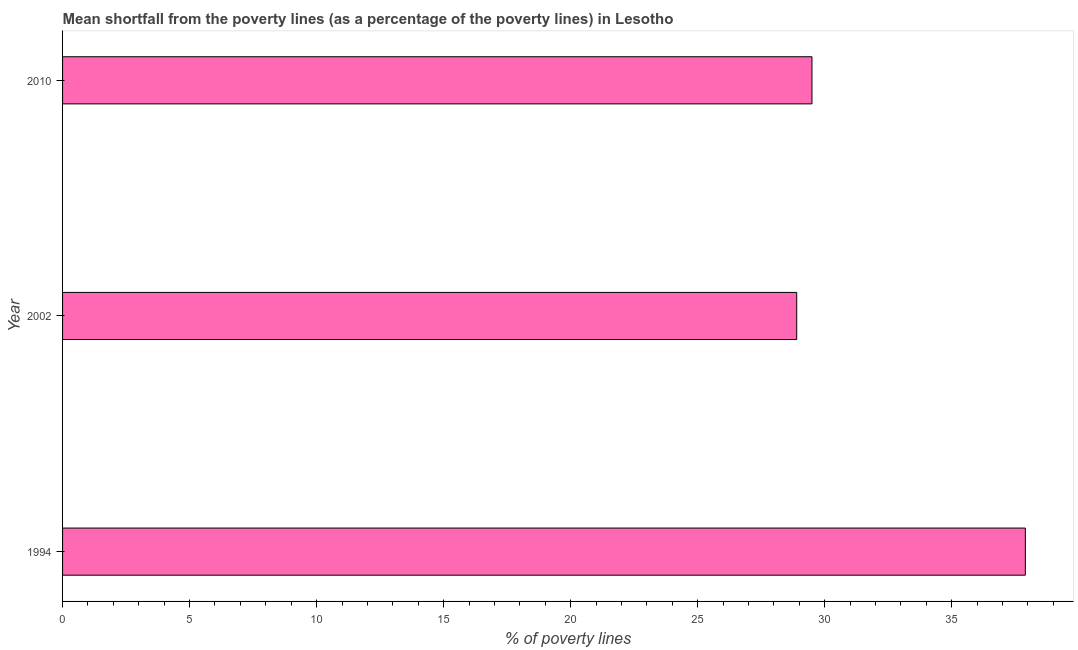
| Year | Poverty gap at national poverty lines |
 | --- | --- |
 | 1994 | 37.9 |
 | 2002 | 28.9 |
 | 2010 | 29.5 |